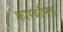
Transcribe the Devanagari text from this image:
कारबॉनिक